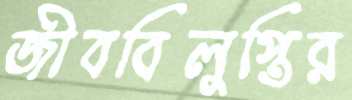
জীববিলুপ্তির